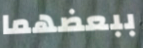
ببعضهما